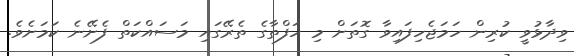
ވިދާޅުވީ ކުރިން ހަމަޖެހިފައިވާ ގޮތަށް މި ހަފްތާގެ ތެރޭގައި މަސައްކަތް ފެށޭނެ ކަމަށެވެ.